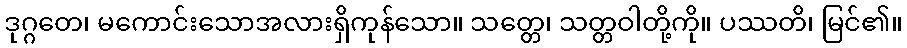
ဒုဂ္ဂတေ၊ မကောင်းသောအလားရှိကုန်သော။ သတ္တေ၊ သတ္တဝါတို့ကို။ ပဿတိ၊ မြင်၏။